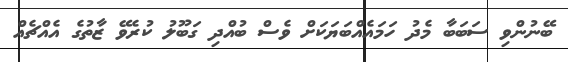
ބޭނުންވި ސަބަބާ މެދު ހަމައެއްބަޔަކަށް ވެސް ބުއްދި ގަބޫލު ކުރެވޭ ޒާތުގެ އެއްޗެއް